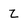
Character: Z